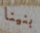
بنينا